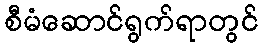
စီမံဆောင်ရွက်ရာတွင်